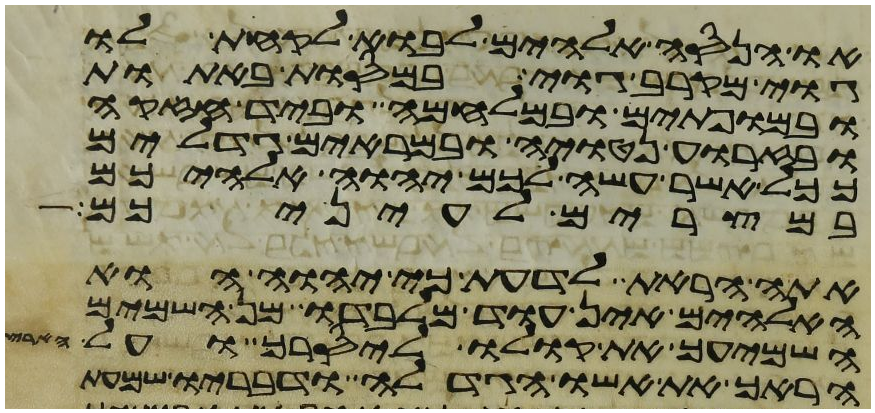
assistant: או הנסה אלהים לבוא לקחת לו
גוי מקרב גוי במסות באתות
ובמופתים ובמלחמה וביד חזקה
ובזרוע נטויה ובמראים גדלים
ככל אשר עשה לכם יהוה אלהיכם
במצרים לעיניכם
אתה הראת לדעת כי יהוה הוא
האלהים אין עוד מלבדו מן השמים
השמיעך את קולו ליסרך ועל הארץ
הראך את אשו הגדלה ודבריו שמעת